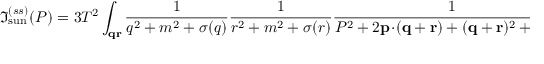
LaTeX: \Im _ { \mathrm { s u n } } ^ { ( s s ) } ( P ) = 3 T ^ { 2 } \int _ { \bf q r } { \frac { 1 } { q ^ { 2 } + m ^ { 2 } + \sigma ( q ) } } { \frac { 1 } { r ^ { 2 } + m ^ { 2 } + \sigma ( r ) } } { \frac { 1 } { P ^ { 2 } + 2 { \bf p } \! \cdot \! ( { \bf q } + { \bf r } ) + ( { \bf q } + { \bf r } ) ^ { 2 } + \Pi ( S ) } } \, ,